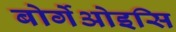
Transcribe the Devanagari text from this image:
बोर्गेओइसि